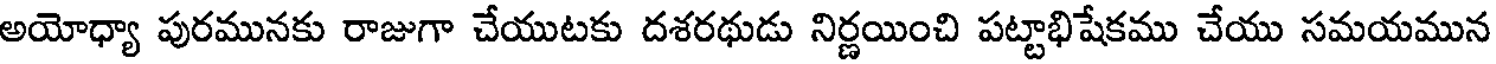
అయోధ్యా పురమునకు రాజుగా చేయుటకు దశరథుడు నిర్ణయించి పట్టాభిషేకము చేయు సమయమున